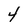
Character: 4